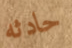
حادثه